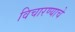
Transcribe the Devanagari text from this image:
विचारण्याचे